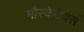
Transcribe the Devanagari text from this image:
मौस्केटेयर्स